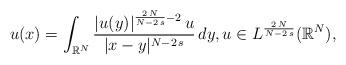
LaTeX: \begin{align*}u(x)=\int_{\mathbb{R}^N}\frac{|u(y)|^{\frac{2\,N}{N-2\,s}-2}\,u}{|x-y|^{N-2\,s}}\,dy,u\in L^{\frac{2\,N}{N-2\,s}}(\mathbb{R}^N),\end{align*}